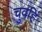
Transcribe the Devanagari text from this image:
चुवहिं